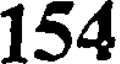
154